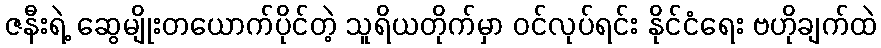
ဇနီးရဲ့ ဆွေမျိုးတယောက်ပိုင်တဲ့ သူရိယတိုက်မှာ ဝင်လုပ်ရင်း နိုင်ငံရေး ဗဟိုချက်ထဲ